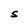
Character: S